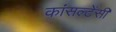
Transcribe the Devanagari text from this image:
कांसल्टेंसी